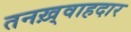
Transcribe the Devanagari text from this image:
तनख़्वाहदार